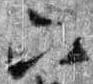
六